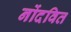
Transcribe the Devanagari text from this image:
नोंदवित